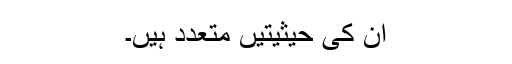
ان کی حیثیتیں متعدد ہیں۔